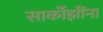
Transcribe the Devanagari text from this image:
सार्कोझींना